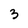
Character: 3